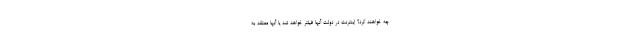
چه خواهند کرد؟ اینترنت در دولت آنها فیلتر خواهد شد یا آنها معتقد به